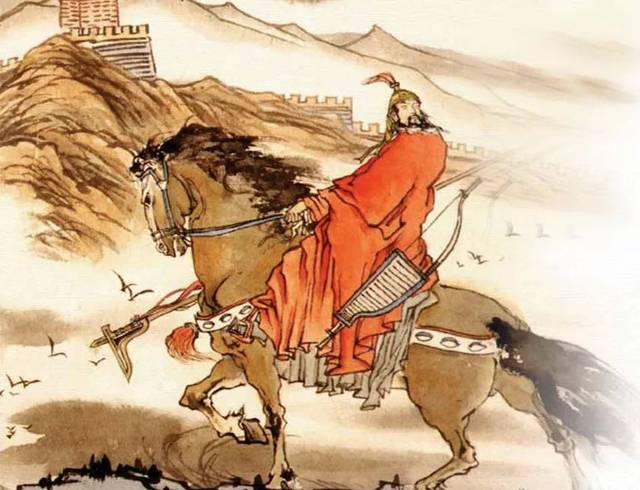
持斧伐远扬，荷锄觇泉脉。